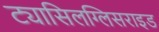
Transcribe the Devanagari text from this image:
ट्यासिलग्लिसराइड